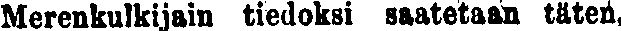
Merenkulkijain tiedoksi saatetaan täten,